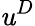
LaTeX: \mathit{u}^{D}